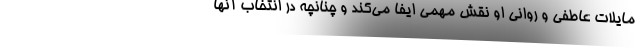
مایلات عاطفی و روانی او نقش مهمی ایفا می‌کند و چنانچه در انتخاب آنها